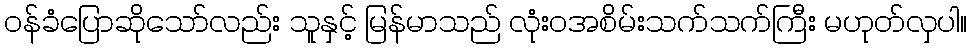
ဝန်ခံပြောဆိုသော်လည်း သူနှင့် မြန်မာသည် လုံးဝအစိမ်းသက်သက်ကြီး မဟုတ်လှပါ။